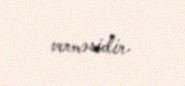
verməsidir.